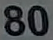
80